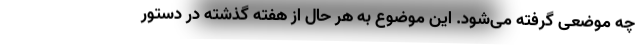
چه موضعی گرفته می‌شود. این موضوع به هر حال از هفته گذشته در دستور